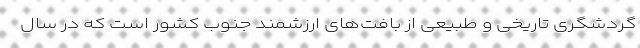
گردشگری تاریخی و طبیعی از بافت‌های ارزشمند جنوب کشور است که در سال